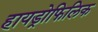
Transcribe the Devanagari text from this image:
हायड्रोफिलिक